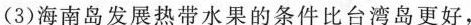
(3)海南岛发展热带水果的条件比台湾岛更好，